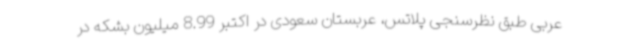
عربی طبق نظرسنجی پلاتس، عربستان سعودی در اکتبر 8.99 میلیون بشکه در